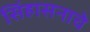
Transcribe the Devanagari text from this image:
सिंहासनाचे